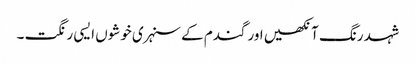
شہد رنگ آنکھیں اور گندم کے سنہری خوشوں ایسی رنگت ۔